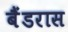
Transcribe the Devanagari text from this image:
बैंडरास